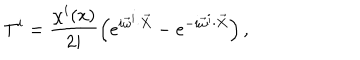
T ^ { i } = \frac { \chi ^ { i } ( x ) } { 2 i } \left( e ^ { i \vec { \omega } ^ { i } \cdot \vec { X } } - e ^ { - i \vec { \omega } ^ { i } \cdot \vec { X } } \right) ,